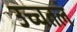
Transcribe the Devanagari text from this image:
उच्चतल